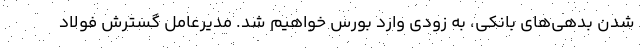
شدن بدهي‌هاي بانكي، به زودی وارد بورس خواهيم شد. مديرعامل گسترش فولاد